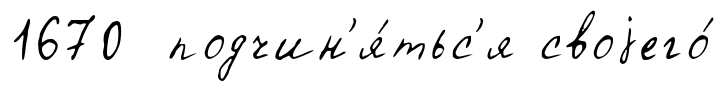
1670 подчин'я́тьс'я своjего́